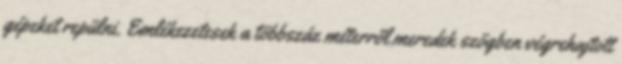
gépeket repülni. Emlékezetesek a többszáz méterről meredek szögben végrehajtott